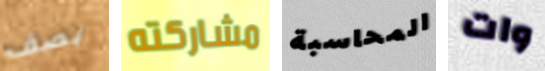
بصف مشاركته المحاسبة وات